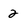
Character: 2